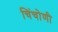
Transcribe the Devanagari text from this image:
चिंचोणी